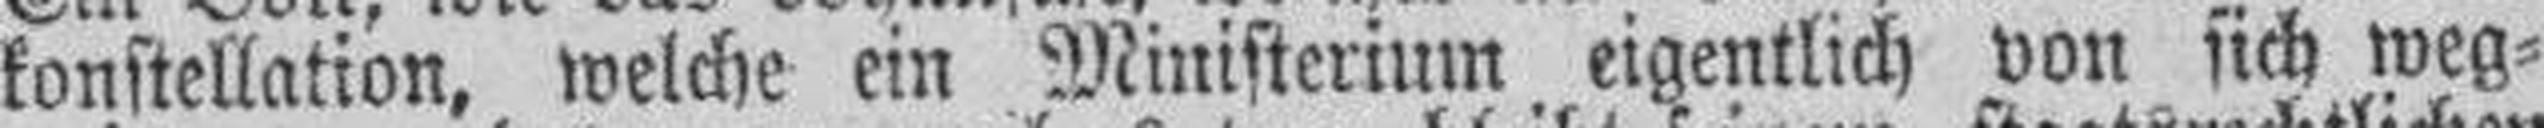
konstellation, welche ein Ministerium eigentlich von sich weg¬